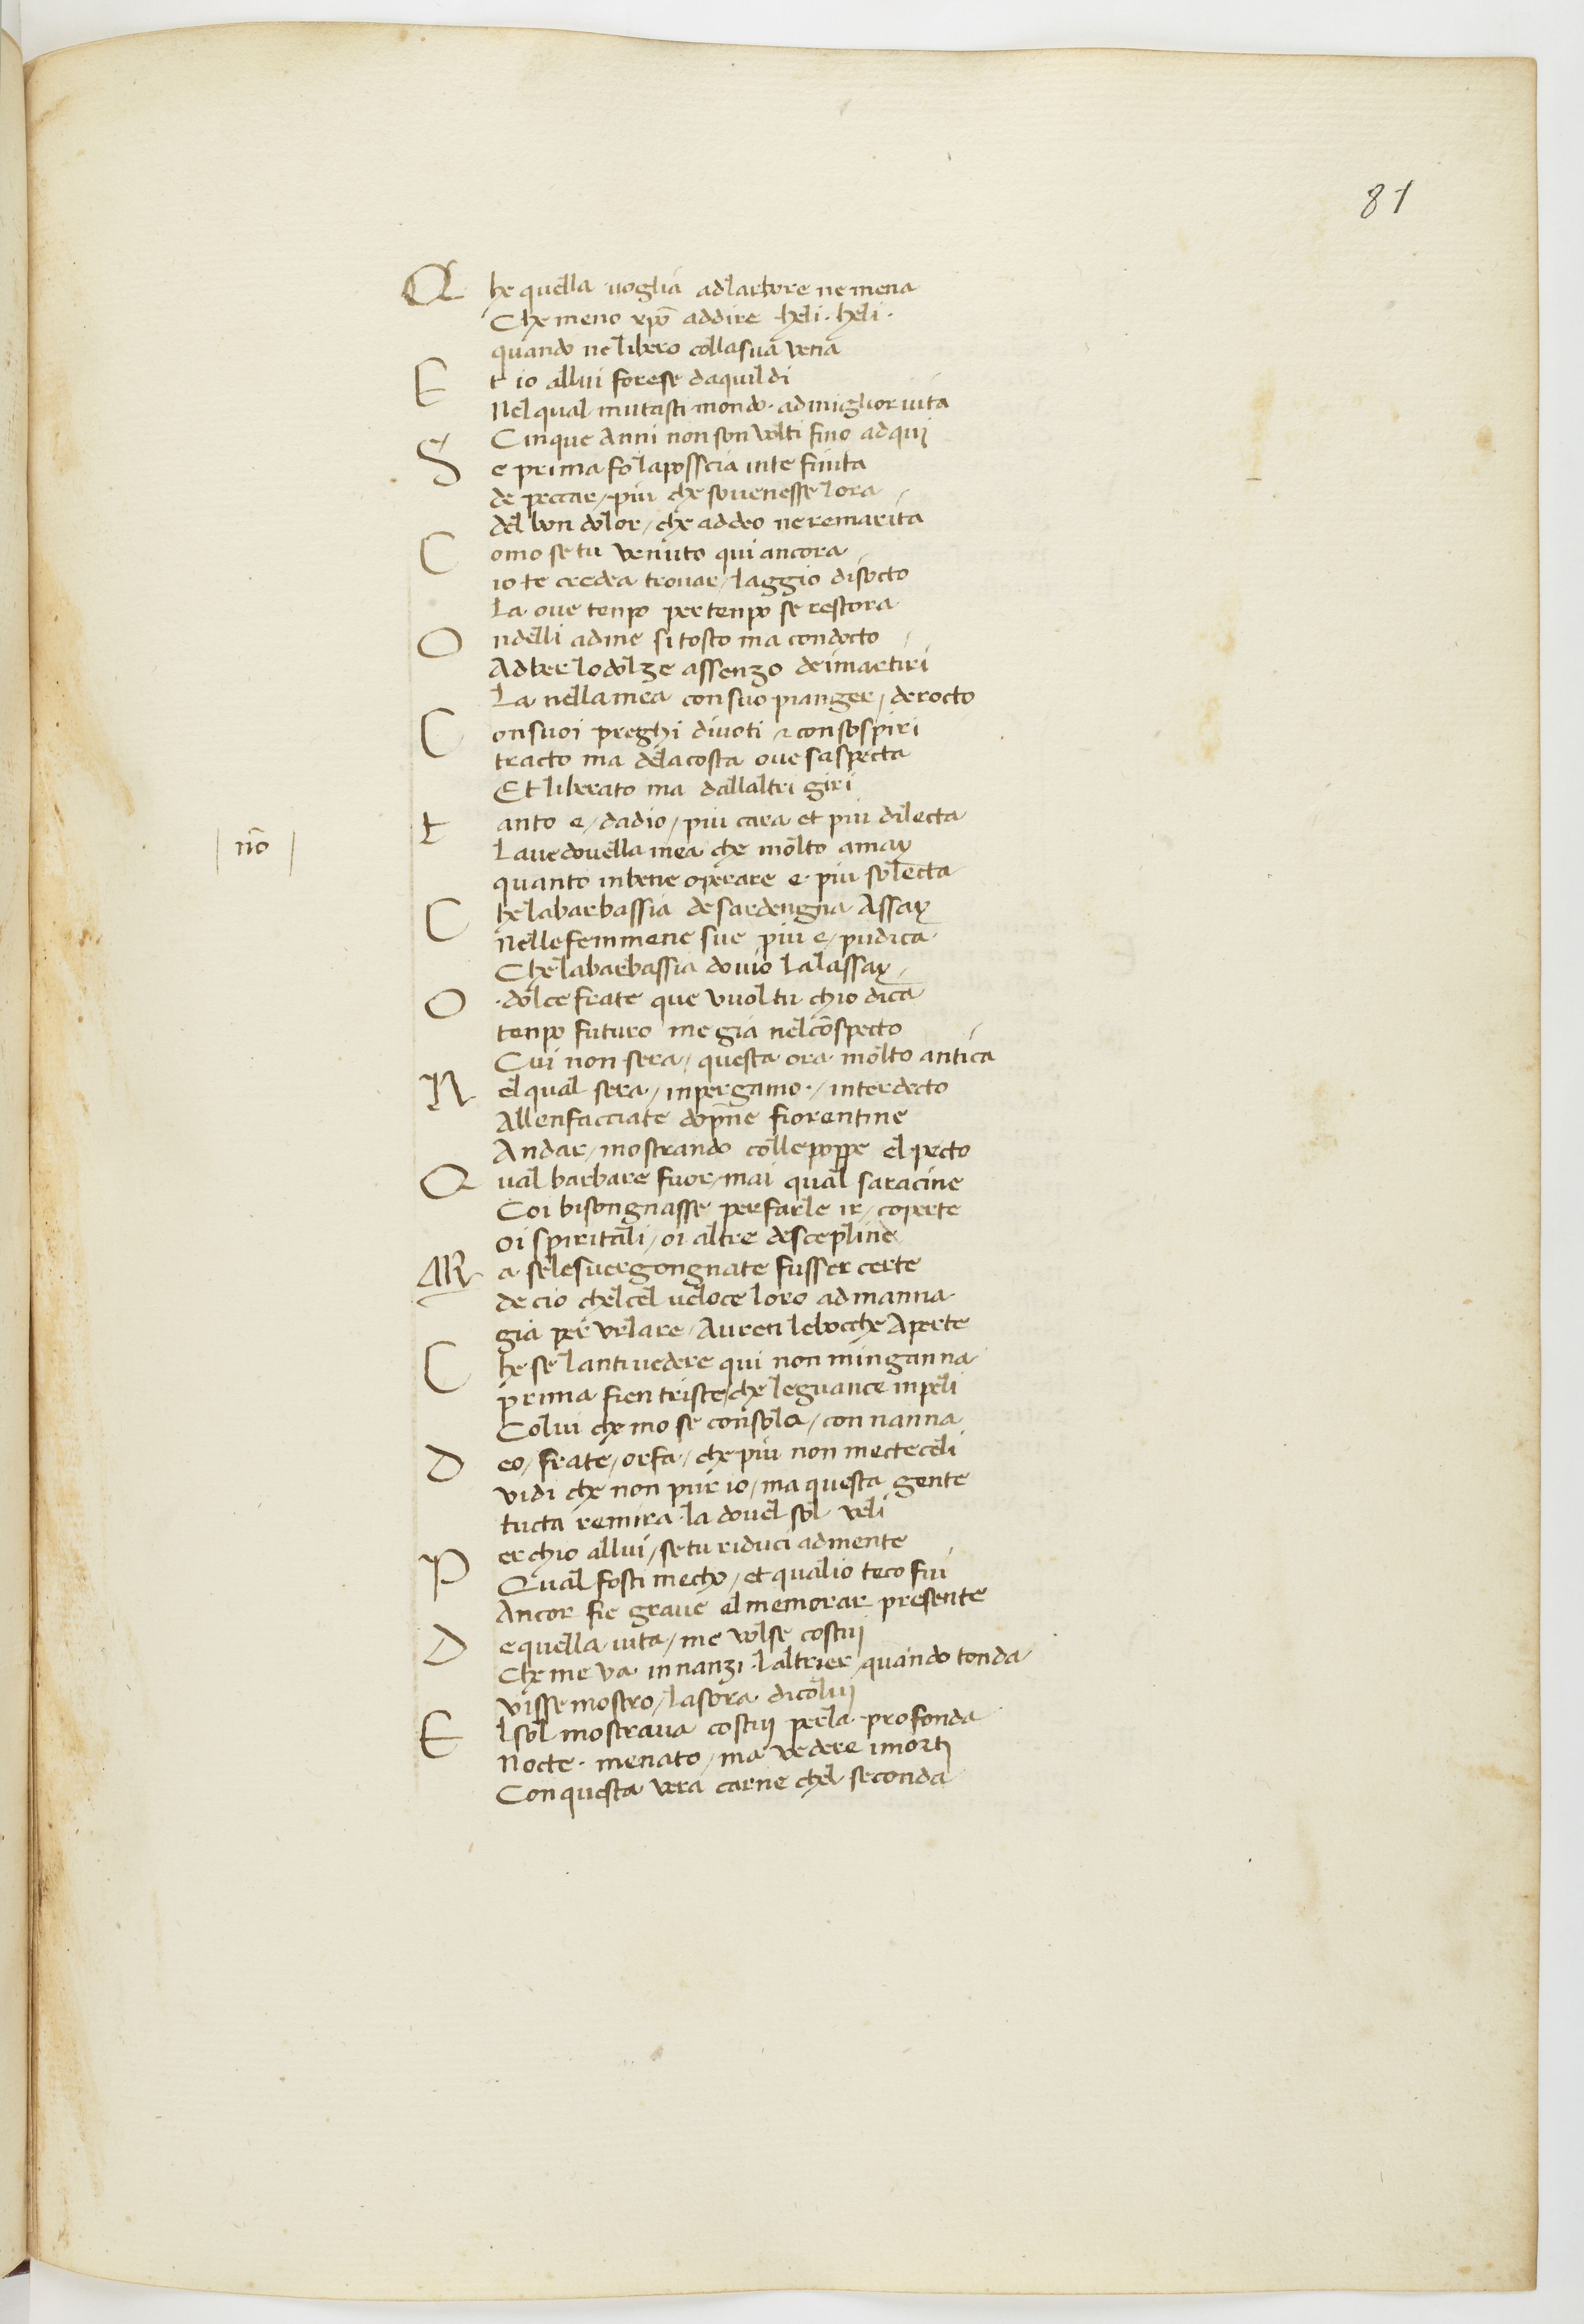
Shelfmark: Paris, BnF, ita. 70
Century: 15